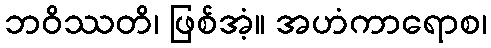
ဘဝိဿတိ၊ ဖြစ်အံ့။ အဟံကာရောစ၊